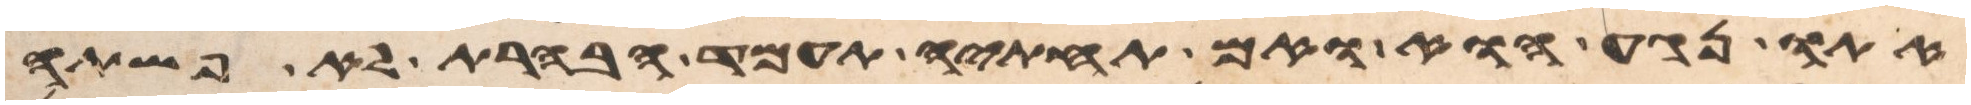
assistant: אתו נגע הוא ואם תחתיה תעמד הבהרת לא פשתה